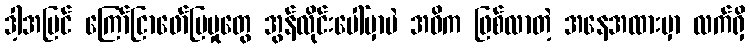
ဒါ့အပြင် ကြော်ငြာဖော်ပြမှုတွေ အွန်လိုင်းပေါ်မှာပဲ အဓိက ဖြစ်လာတဲ့ အနေအထားမှာ လက်ရှိ